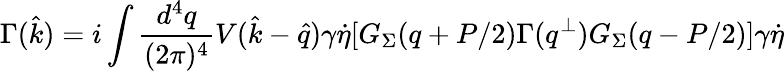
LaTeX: \Gamma({\hat{k}})=i\int{\frac{d^{4}q}{(2\pi)^{4}}}V({\hat{k}}-{\hat{q}})\gamma\dot{\eta}[G_{\Sigma}(q+P/2)\Gamma(q^{\perp})G_{\Sigma}(q-P/2)]\gamma\dot{\eta}